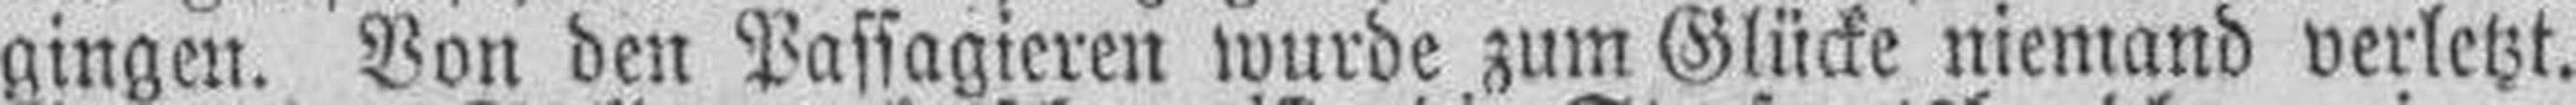
gingen. Von den Passagieren wurde zum Glücke niemand verletzt.